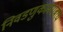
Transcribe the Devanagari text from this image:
निवडणुकांबरोबरच